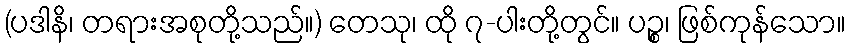
(ပဒါနိ၊ တရားအစုတို့သည်။) တေသု၊ ထို ၇-ပါးတို့တွင်။ ပဉ္စ၊ ဖြစ်ကုန်သော။